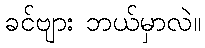
ခင်ဗျား ဘယ်မှာလဲ။